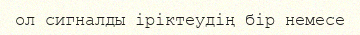
ол сигналды іріктеудің бір немесе